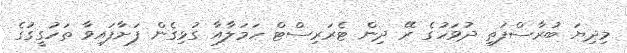
މިދިޔަ ބުރާސްފަތި ދުވަހުގެ ރޭ ދިން ޓެރަރިސްޓް ހަމަލާއާ ގުޅިގެން ފަށާފައިވާ ތަހުގީގުގެ